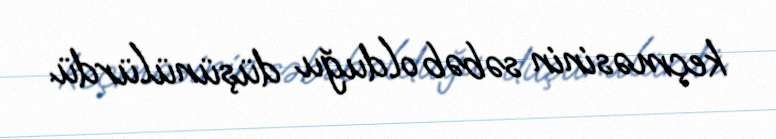
keçməsinin səbəb olduğu düşünülürdü.